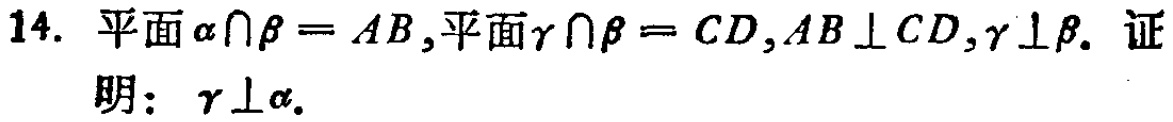
14. 平面$\alpha\cap\beta = AB$,平面$\gamma\cap\beta = CD$,$AB\perp CD$,$\gamma\perp\beta$. 证明：$\gamma\perp\alpha$.